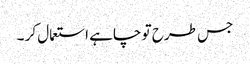
جس طرح تو چاہے استعمال کر ۔